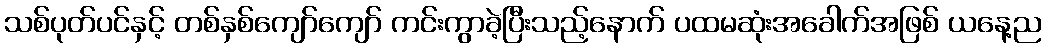
သစ်ပုတ်ပင်နှင့် တစ်နှစ်ကျော်ကျော် ကင်းကွာခဲ့ပြီးသည့်နောက် ပထမဆုံးအခေါက်အဖြစ် ယနေ့ည